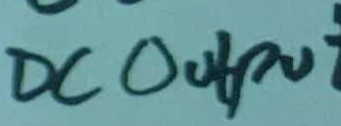
Text: DCOUTPUT